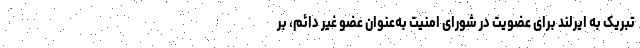
تبریک به ایرلند برای عضویت در شورای امنیت به‌عنوان عضو غیر دائم، بر